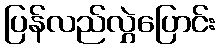
ပြန်လည်လွှဲပြောင်း